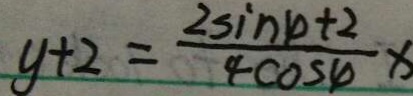
y + 2 = \frac { 2 \sin \varphi + 2 } { 4 \cos \varphi } x